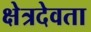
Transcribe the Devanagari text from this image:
क्षेत्रदेवता